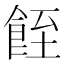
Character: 䬹